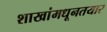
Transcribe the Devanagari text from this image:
शाखांमधूनतयार